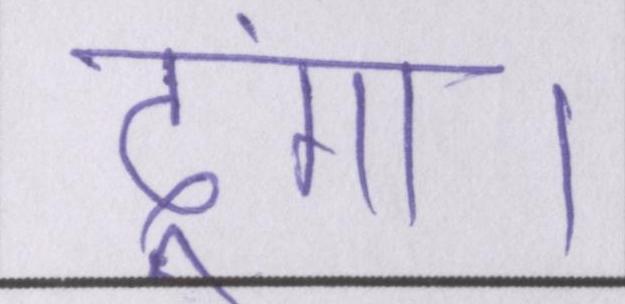
दूंगा।